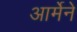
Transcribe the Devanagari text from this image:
आर्मेने